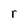
Character: r